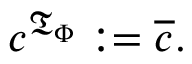
c ^ { { \mathfrak { T } } _ { \Phi } } : = { \overline { { c } } } .